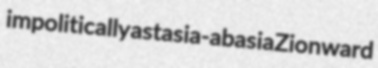
impolitically astasia-abasia Zionward